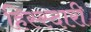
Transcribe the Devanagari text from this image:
हिस्स्दारी